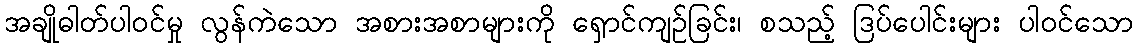
အချိုဓါတ်ပါဝင်မှု လွန်ကဲသော အစားအစာများကို ရှောင်ကျဉ်ခြင်း၊ စသည့် ဒြပ်ပေါင်းများ ပါဝင်သော